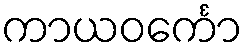
ကာယဝင်္ကော